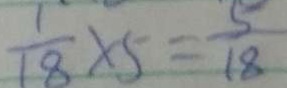
\frac { 1 } { 1 8 } \times 5 = \frac { 5 } { 1 8 }